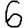
Digit: 6